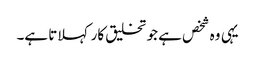
یہی وہ شخص ہے جو تخلیق کار کہلاتا ہے۔